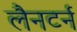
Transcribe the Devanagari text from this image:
लैनटर्न